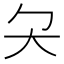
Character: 𡗛